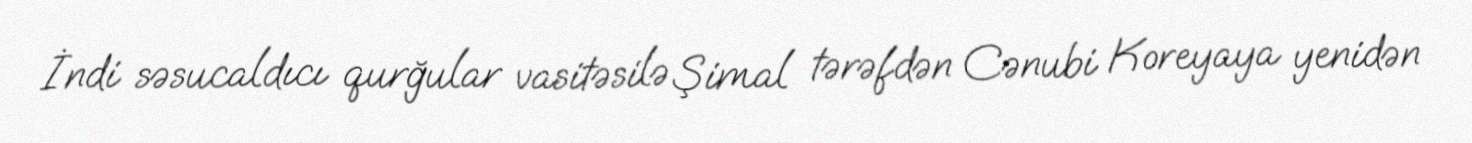
İndi səsucaldıcı qurğular vasitəsilə Şimal tərəfdən Cənubi Koreyaya yenidən